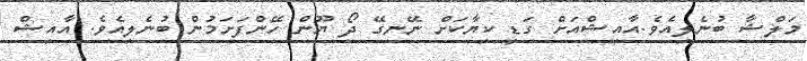
މަލްޝާ ބުނެލިއެވެ.އާއިޝްއަށް ގަޑި ކިޔާކަށް ނޭނގޭ ދޯ ޔޫން ހޭންފަށަމުން ބުނެލިއެވެ. އާއިޝް